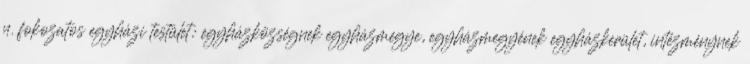
n. fokozatos egyházi testület: egyházközségnek egyházmegye, egyházmegyének egyházkerület, intézménynek